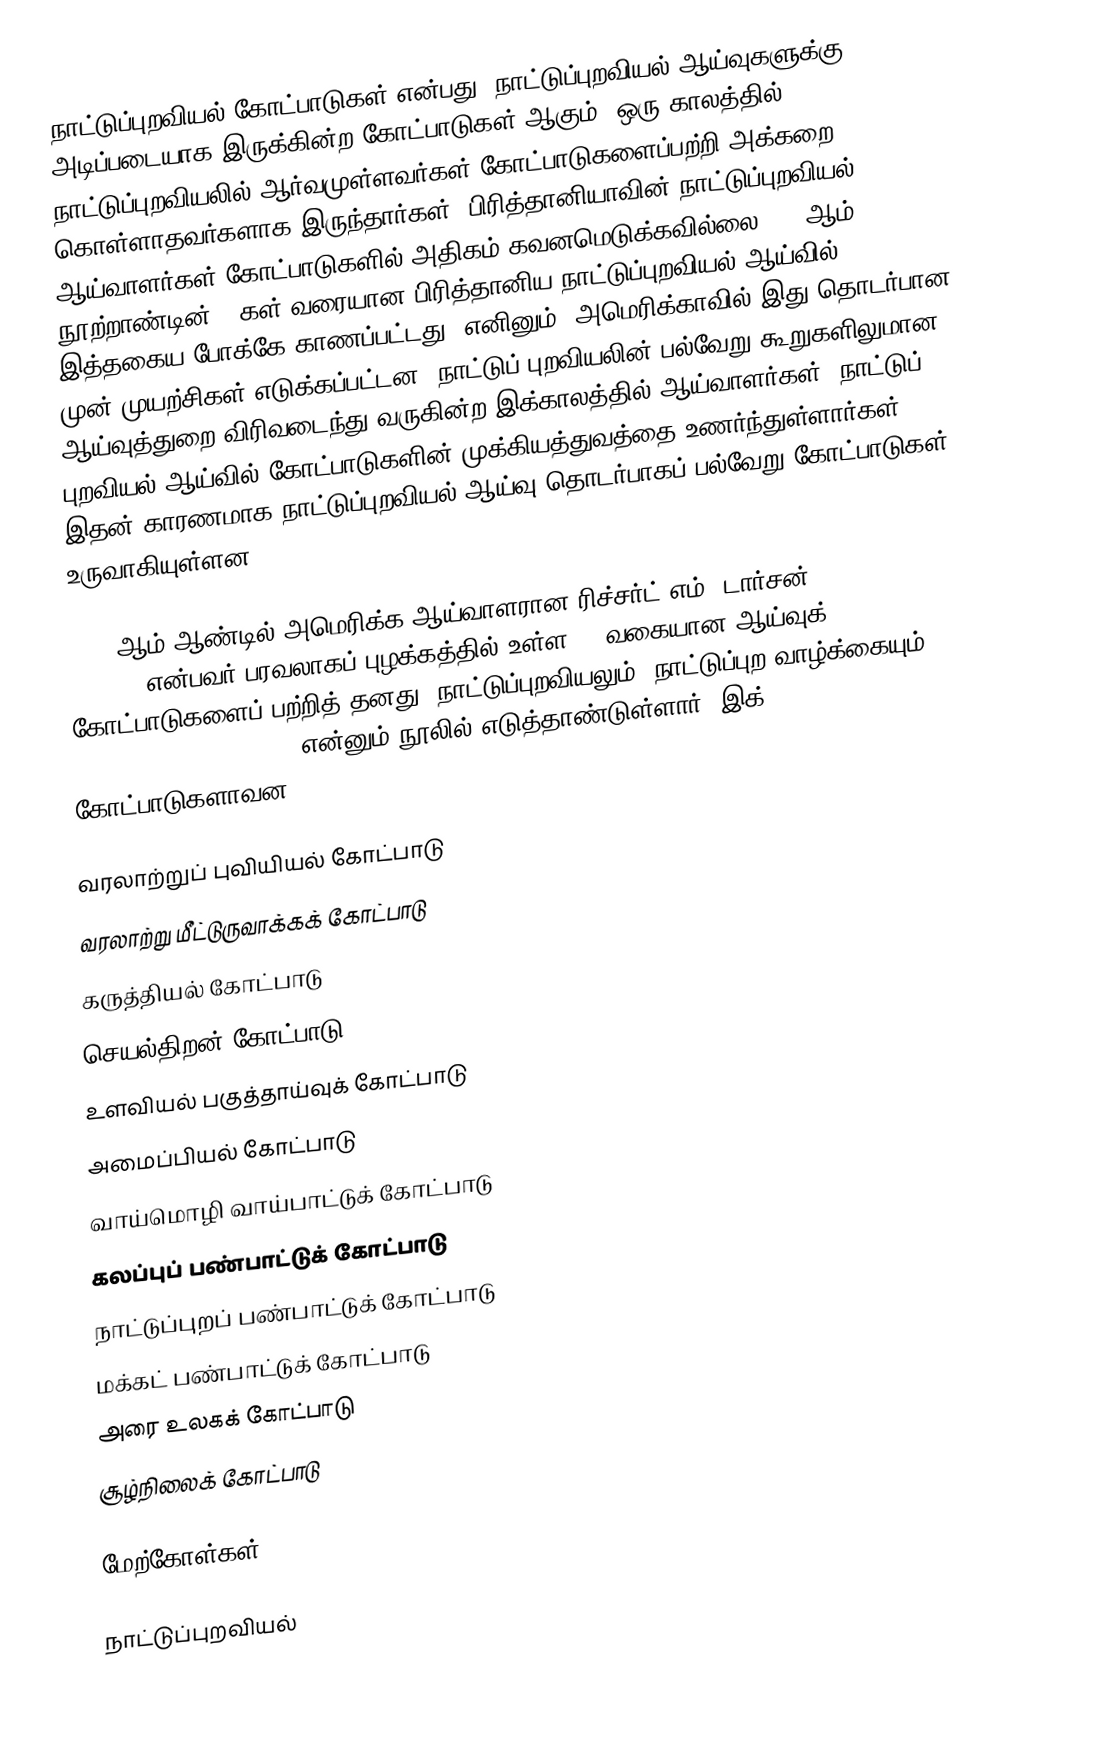
நாட்டுப்புறவியல் கோட்பாடுகள் என்பது, நாட்டுப்புறவியல் ஆய்வுகளுக்கு அடிப்படையாக இருக்கின்ற கோட்பாடுகள் ஆகும். ஒரு காலத்தில், நாட்டுப்புறவியலில் ஆர்வமுள்ளவர்கள் கோட்பாடுகளைப்பற்றி அக்கறை கொள்ளாதவர்களாக இருந்தார்கள். பிரித்தானியாவின் நாட்டுப்புறவியல் ஆய்வாளர்கள் கோட்பாடுகளில் அதிகம் கவனமெடுக்கவில்லை. 20 ஆம் நூற்றாண்டின் 80கள் வரையான பிரித்தானிய நாட்டுப்புறவியல் ஆய்வில் இத்தகைய போக்கே காணப்பட்டது. எனினும், அமெரிக்காவில் இது தொடர்பான முன் முயற்சிகள் எடுக்கப்பட்டன. நாட்டுப் புறவியலின் பல்வேறு கூறுகளிலுமான ஆய்வுத்துறை விரிவடைந்து வருகின்ற இக்காலத்தில் ஆய்வாளர்கள், நாட்டுப் புறவியல் ஆய்வில் கோட்பாடுகளின் முக்கியத்துவத்தை உணர்ந்துள்ளார்கள். இதன் காரணமாக நாட்டுப்புறவியல் ஆய்வு தொடர்பாகப் பல்வேறு கோட்பாடுகள் உருவாகியுள்ளன.

1972 ஆம் ஆண்டில் அமெரிக்க ஆய்வாளரான ரிச்சர்ட் எம். டார்சன் (Richard M. Dorson) என்பவர் பரவலாகப் புழக்கத்தில் உள்ள 12 வகையான ஆய்வுக் கோட்பாடுகளைப் பற்றித் தனது, நாட்டுப்புறவியலும், நாட்டுப்புற வாழ்க்கையும் (Folklore and Folklife) என்னும் நூலில் எடுத்தாண்டுள்ளார். இக் கோட்பாடுகளாவன:

 வரலாற்றுப் புவியியல் கோட்பாடு
 வரலாற்று மீட்டுருவாக்கக் கோட்பாடு
 கருத்தியல் கோட்பாடு
 செயல்திறன் கோட்பாடு
 உளவியல் பகுத்தாய்வுக் கோட்பாடு
 அமைப்பியல் கோட்பாடு
 வாய்மொழி வாய்பாட்டுக் கோட்பாடு
 கலப்புப் பண்பாட்டுக் கோட்பாடு
 நாட்டுப்புறப் பண்பாட்டுக் கோட்பாடு
 மக்கட் பண்பாட்டுக் கோட்பாடு
 அரை உலகக் கோட்பாடு
 சூழ்நிலைக் கோட்பாடு

மேற்கோள்கள்

நாட்டுப்புறவியல்